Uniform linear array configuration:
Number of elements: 16
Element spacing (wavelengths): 0.25
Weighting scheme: cosine
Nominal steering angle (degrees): -15
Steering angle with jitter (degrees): -16.619
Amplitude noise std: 0.05
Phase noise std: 0.05

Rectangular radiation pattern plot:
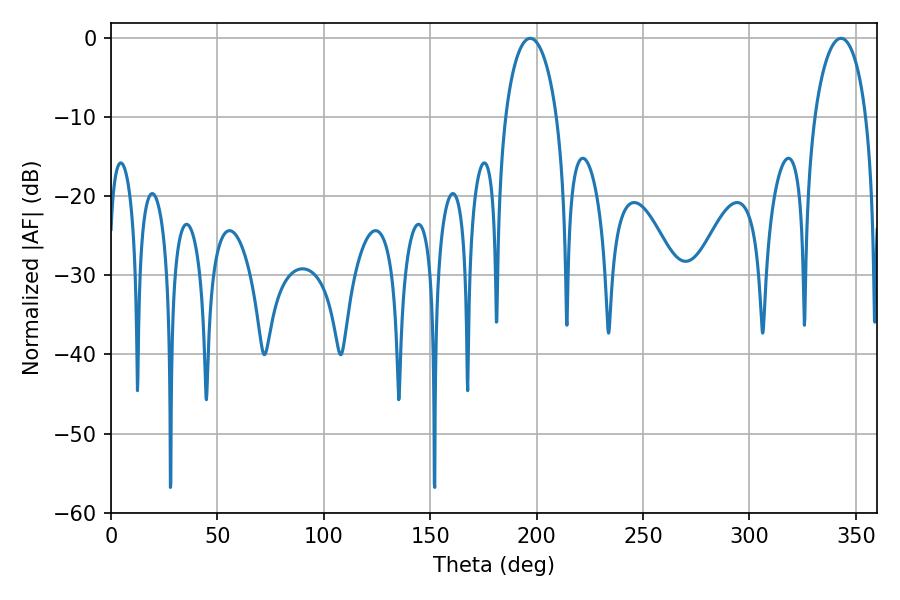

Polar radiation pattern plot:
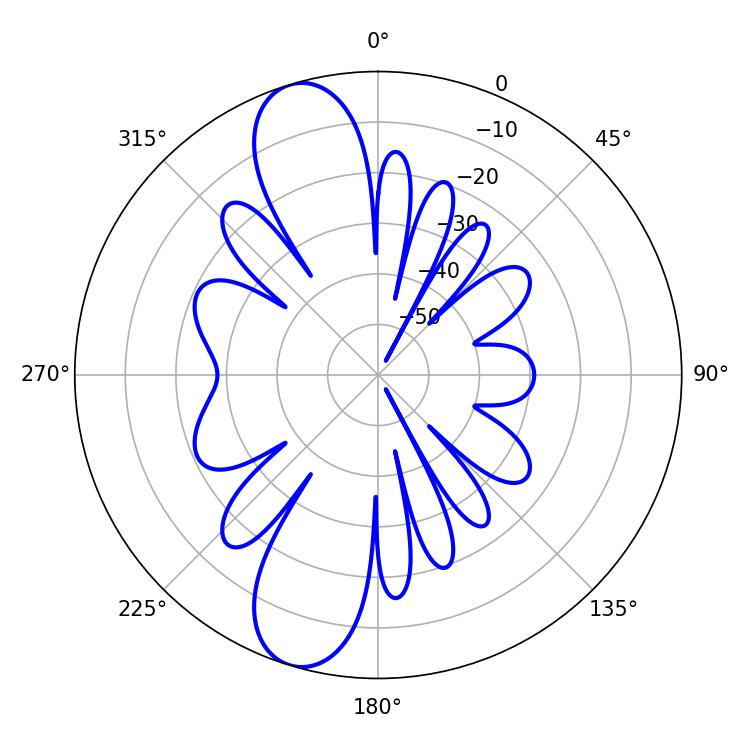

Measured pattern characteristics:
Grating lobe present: FALSE
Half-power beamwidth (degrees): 14.04
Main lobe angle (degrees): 196.92